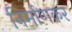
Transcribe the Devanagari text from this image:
निर्माणकर